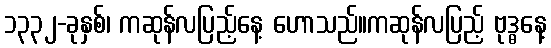
၁၃၃၂-ခုနှစ်၊ ကဆုန်လပြည့်နေ့ ဟောသည်။ကဆုန်လပြည့် ဗုဒ္ဓနေ့